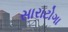
સારાટોગા